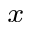
_ x